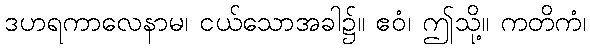
ဒဟရကာလေနာမ၊ ငယ်သောအခါ၌။ ဧဝံ၊ ဤသို့။ ကတိကံ၊